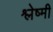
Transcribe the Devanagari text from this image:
श्लेष्मी